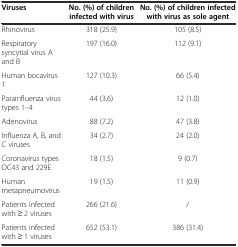
<table><thead><tr><td><b>Viruses</b></td><td><b>No. (%) of children infected with virus</b></td><td><b>No. (%) of children infected with virus as sole agent</b></td></tr></thead><tbody><tr><td>Rhinovirus</td><td>318 (25.9)</td><td>105 (8.5)</td></tr><tr><td>Respiratory syncytial virus A and B</td><td>197 (16.0)</td><td>112 (9.1)</td></tr><tr><td>Human bocavirus 1</td><td>127 (10.3)</td><td>66 (5.4)</td></tr><tr><td>Parainfluenza virus types 1–4</td><td>44 (3.6)</td><td>12 (1.0)</td></tr><tr><td>Adenovirus</td><td>88 (7.2)</td><td>47 (3.8)</td></tr><tr><td>Influenza A, B, and C viruses</td><td>34 (2.7)</td><td>24 (2.0)</td></tr><tr><td>Coronavirus types OC43 and 229E</td><td>18 (1.5)</td><td>9 (0.7)</td></tr><tr><td>Human metapneumovirus</td><td>19 (1.5)</td><td>11 (0.9)</td></tr><tr><td>Patients infected with ≥ 2 viruses</td><td>266 (21.6)</td><td>/</td></tr><tr><td>Patients infected with ≥ 1 viruses</td><td>652 (53.1)</td><td>386 (31.4)</td></tr></tbody></table>